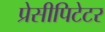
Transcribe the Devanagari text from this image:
प्रेसीपिटेटर